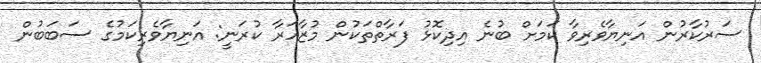
ސަރުކާރުން އަނިޔާވެރިވާ ކަމަށް ބުނެ އިދިކޮޅު ފަރާތްތަކުން މުޒާހަރާ ކުރަނީ: އަނިޔާވެރިކަމުގެ ސަބަބުން